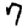
Digit: 7